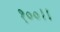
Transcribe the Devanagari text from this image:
१००।।